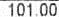
101.00